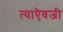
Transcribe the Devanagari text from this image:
त्याऎवजी